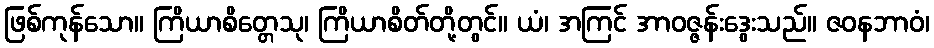
ဖြစ်ကုန်သော။ ကြိယာစိတ္တေသု၊ ကြိယာစိတ်တို့တွင်။ ယံ၊ အကြင် အာဝဇ္ဇန်းဒွေးသည်။ ဇဝနဘာဝံ၊